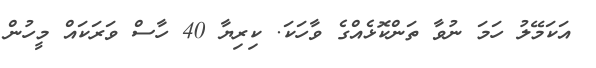
އަކަމޭލު ހަމަ ނުވާ ތަންކޮޅެއްގެ ވާހަކަ. ކިރިޔާ 40 ހާސް ވަރަކައް މީހުން